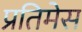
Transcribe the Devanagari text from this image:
प्रतिमेस